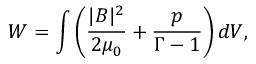
W = \int \left( \frac { | B | ^ { 2 } } { 2 \mu _ { 0 } } + \frac { p } { \Gamma - 1 } \right) d V ,